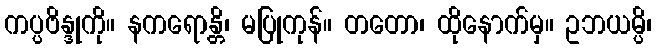
ကပ္ပဗိန္ဒုကို။ နကရောန္တိ၊ မပြုကုန်။ တတော၊ ထိုနောက်မှ။ ဥဘယမ္ပိ၊